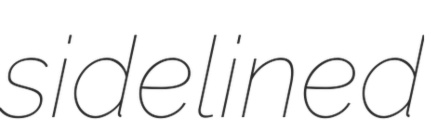
sidelined